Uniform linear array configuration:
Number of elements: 16
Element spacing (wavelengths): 0.5
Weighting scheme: uniform
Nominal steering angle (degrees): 45
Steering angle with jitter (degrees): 45.276
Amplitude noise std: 0.05
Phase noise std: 0.05

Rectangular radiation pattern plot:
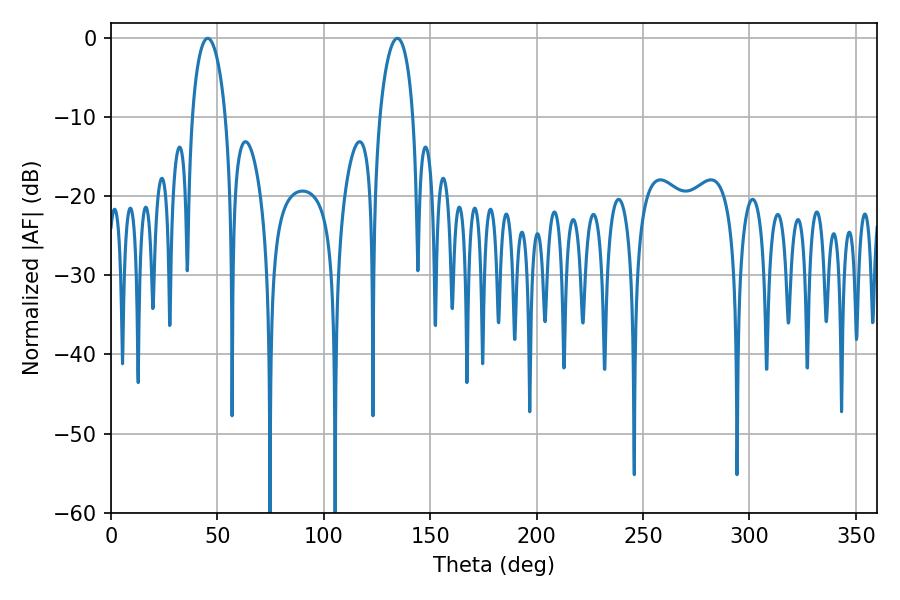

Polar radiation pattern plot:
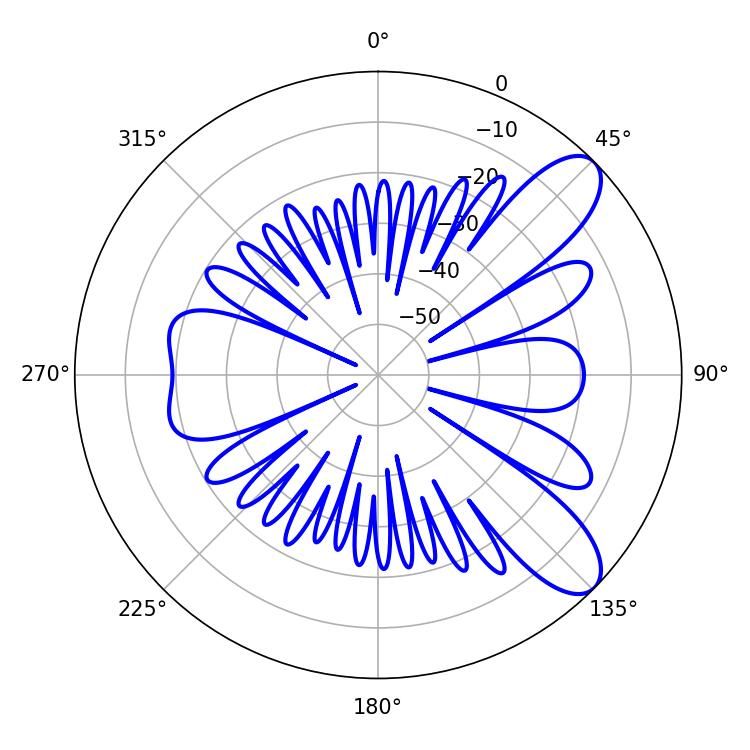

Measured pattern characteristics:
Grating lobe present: FALSE
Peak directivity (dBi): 9.181
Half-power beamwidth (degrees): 8.82
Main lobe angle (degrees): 45.36